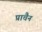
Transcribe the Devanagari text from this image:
प्राचैन